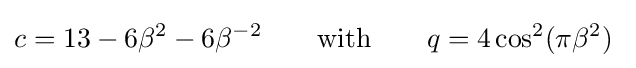
c=13-6\beta ^{2}-6\beta ^{-2}\qquad {\text{with}}\qquad q=4\cos ^{2}(\pi \beta ^{2})\